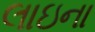
લાઇના